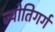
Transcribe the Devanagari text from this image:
ज्योतिगर्ग